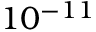
1 0 ^ { - 1 1 }